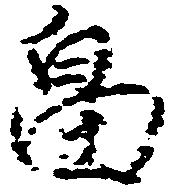
畠